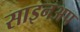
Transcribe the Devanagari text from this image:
साइनअप